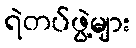
ရဲတပ်ဖွဲ့များ